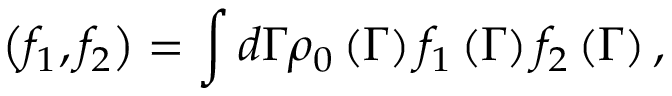
\left( f _ { 1 } , f _ { 2 } \right) = \int d \Gamma \rho _ { 0 } \left( \Gamma \right) f _ { 1 } \left( \Gamma \right) f _ { 2 } \left( \Gamma \right) ,